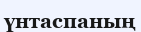
үнтаспаның